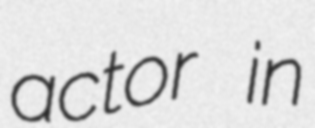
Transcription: actor in